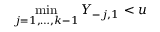
\operatorname* { m i n } _ { j = 1 , \dots , k - 1 } Y _ { - j , 1 } < u